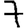
Digit: 7